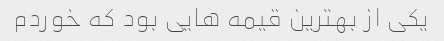
یکی از بهترین قیمه هایی بود که خوردم